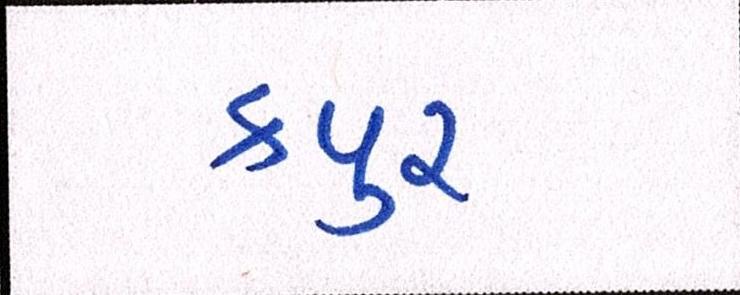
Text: કપુર